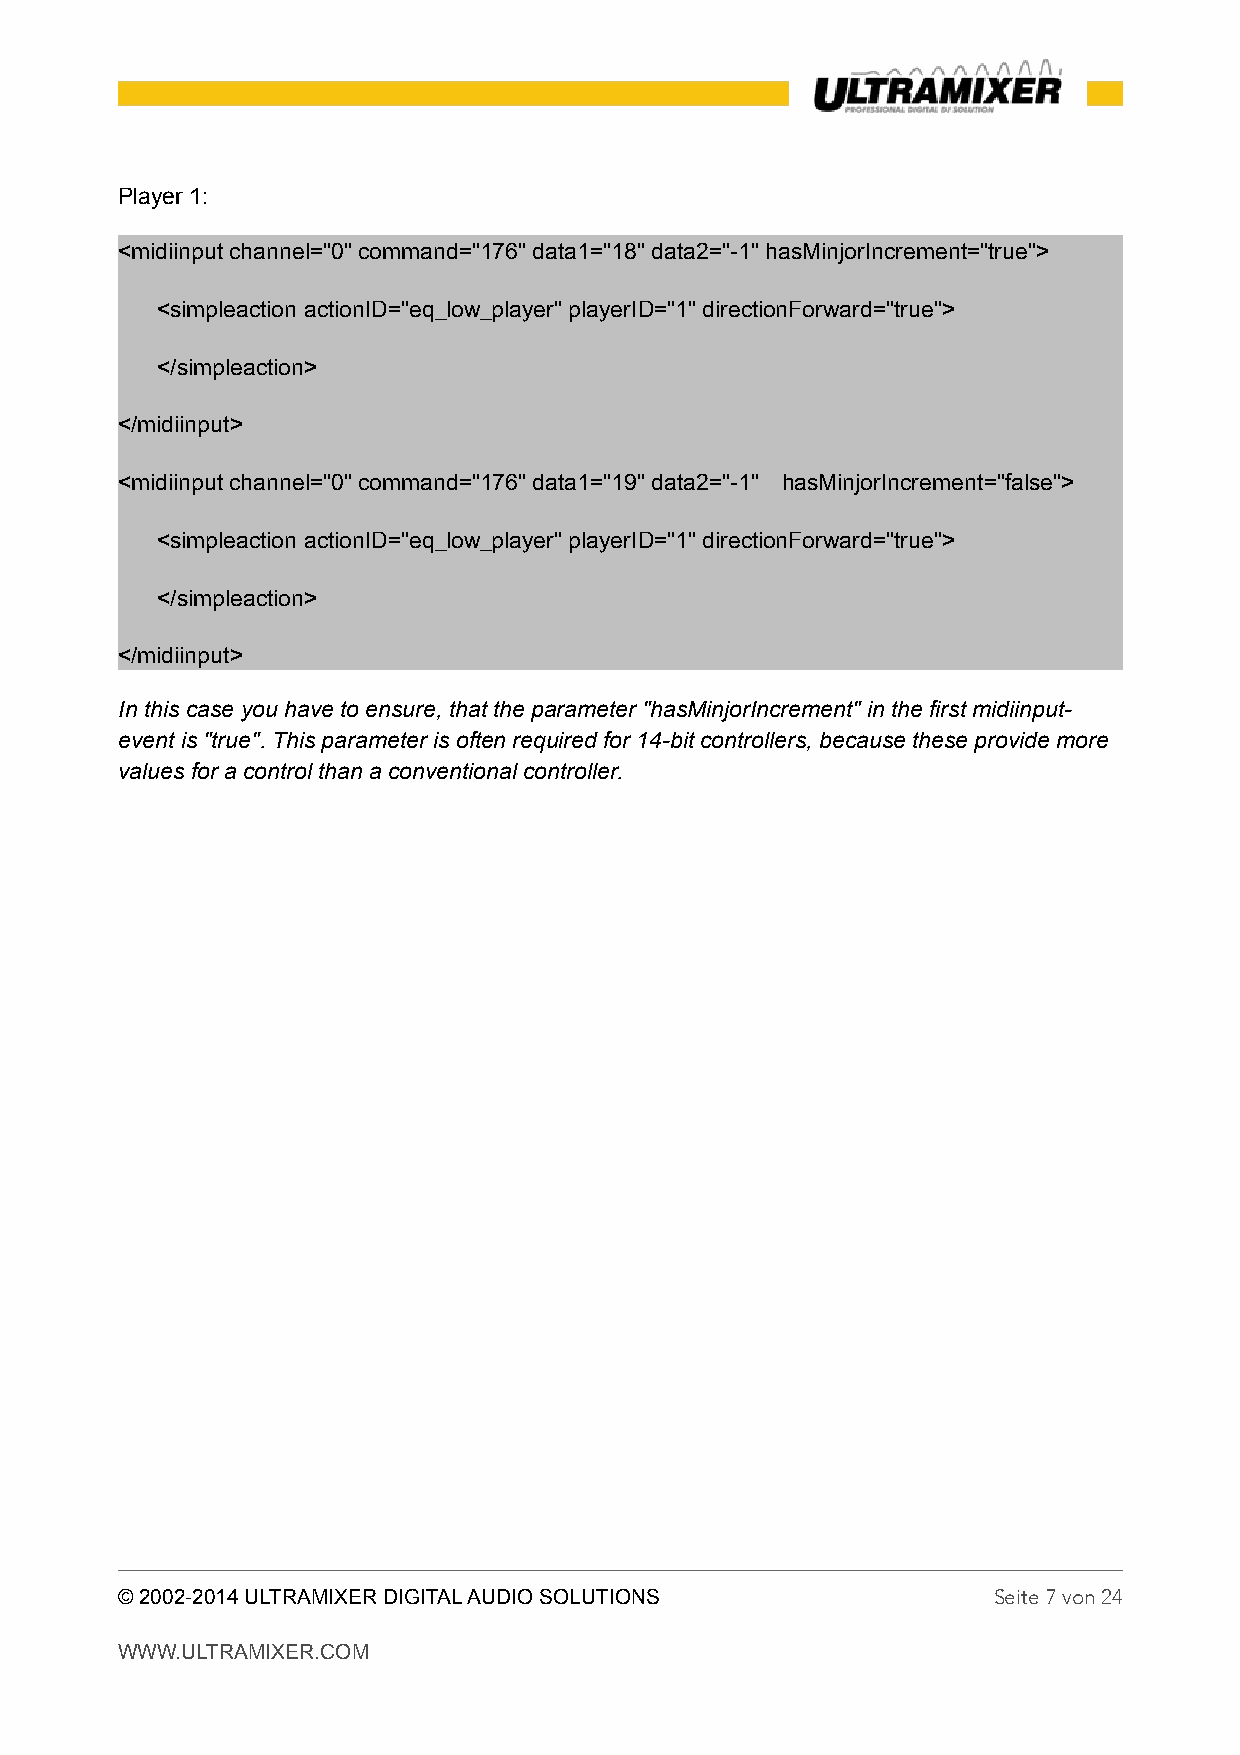
Player 1:
 <midiinput channel="0" command="176" data1="18" data2="-1" hasMinjorIncrement="true">
 <simpleaction actionID="eq_low_player" playerID="1" directionForward="true">
 </simpleaction>
 </midiinput>
 <midiinput channel="0" command="176" data1="19" data2="-1" hasMinjorIncrement="false">
 <simpleaction actionID="eq_low_player" playerID="1" directionForward="true">
 </simpleaction>
 </midiinput>
 In this case you have to ensure, that the parameter "hasMinjorIncrement" in the first midiinput-
 event is "true". This parameter is often required for 14-bit controllers, because these provide more
 values for a control than a conventional controller.
 © 2002-2014 ULTRAMIXER DIGITAL AUDIO SOLUTIONS            Seite 7 von 24
 WWW.ULTRAMIXER.COM